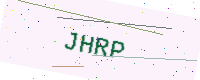
Text: JHRP